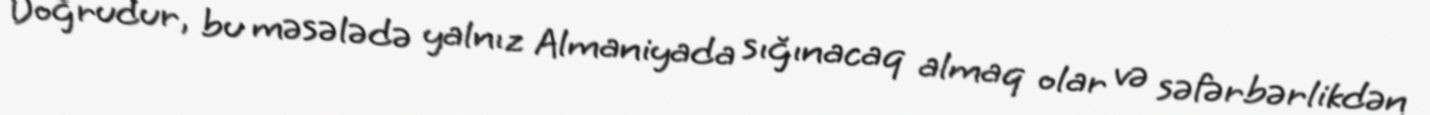
Doğrudur, bu məsələdə yalnız Almaniyada sığınacaq almaq olar və səfərbərlikdən